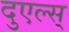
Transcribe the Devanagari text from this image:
दुएल्स्